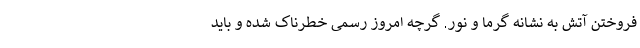
فروختن آتش به نشانه گرما و نور. گرچه امروز رسمی خطرناک شده و باید